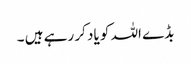
بڈے اللہ کو یاد کر رہے ہیں ۔